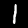
Digit: 1